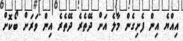
އިއްޔެ އިން ފެށިގެން މާލެ އަށް ދޭތެރެ ދޭތެރެ އިން ވަރަށް ބޯކޮށް